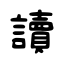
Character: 讀